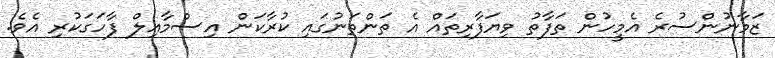
ޒަމާނުންސުރެ އެމީހުން ތަފާތު ވިޔަފާރިތައް އެ ތަންތަނުގައި ކުރާކަން އިސްމާއިލް ފާހަގަކުރި އެވެ.